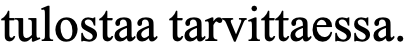
tulostaa tarvittaessa.